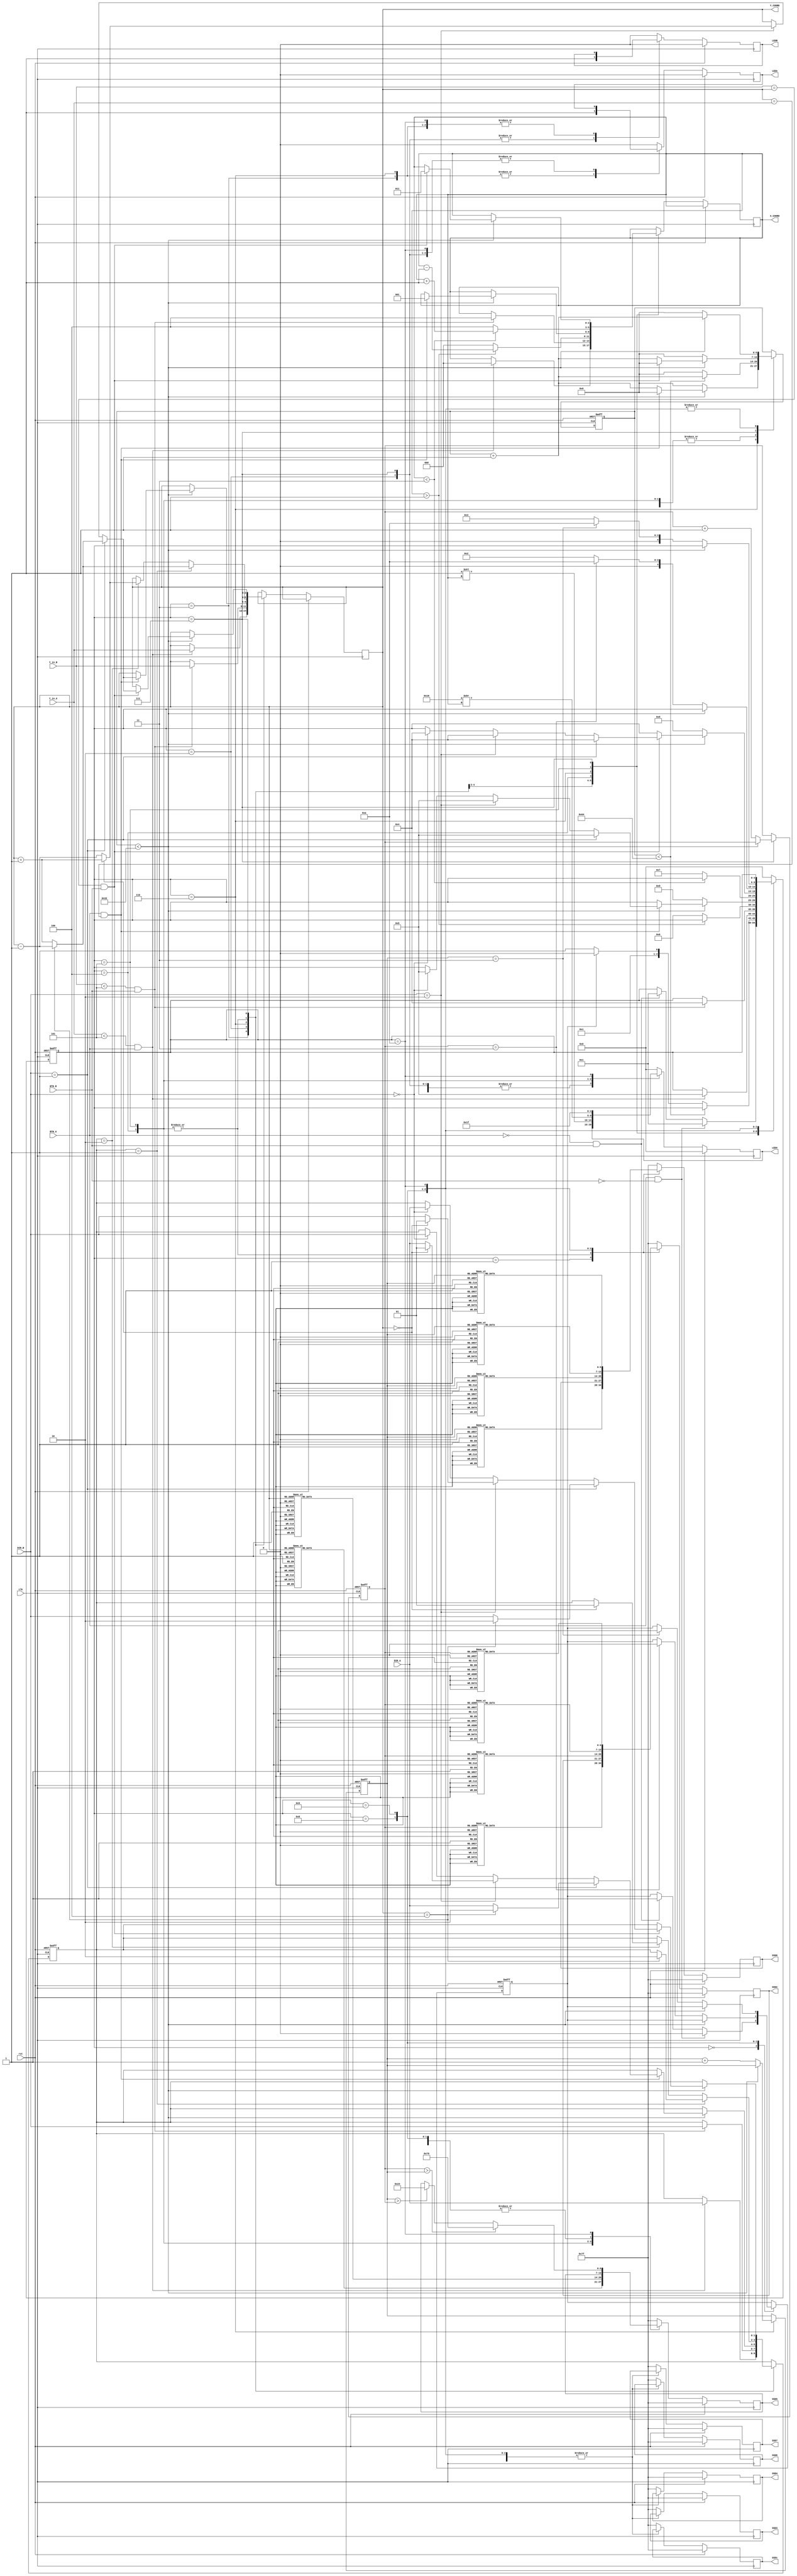
module hockey(

    input clk,
    input rst,
    
    input BTN_A,
    input BTN_B,
    
    input [1:0] DIR_A,
    input [1:0] DIR_B,
    
    input [2:0] Y_in_A,
    input [2:0] Y_in_B,
   
    output reg LEDA,
    output reg LEDB,
    output reg [4:0] LEDX,
    
    output reg [6:0] SSD7,
    output reg [6:0] SSD6,
    output reg [6:0] SSD5,
    output reg [6:0] SSD4, 
    output reg [6:0] SSD3,
    output reg [6:0] SSD2,
    output reg [6:0] SSD1,
    output reg [6:0] SSD0,
    
    output reg [2:0] X_COORD,
	output reg [2:0] Y_COORD   
    
    );
    
    localparam IDLE = 4'd0,
           DISP = 4'd1,
           HIT_B = 4'd2,
           HIT_A = 4'd3,
           SEND_A = 4'd4,
           SEND_B = 4'd5,
           RESP_A = 4'd6,
           RESP_B = 4'd7,
           GOAL_A = 4'd8,
           GOAL_B = 4'd9,
           ENDED = 4'd10;

    // Game variables
    reg [4:0] game_state;
    reg [6:0] timer;
    reg [2:0] score_A, score_B;
    reg [1:0] current_direction;
    reg turn;

    // Initialize the game state and scores
    initial begin
        game_state <= IDLE;
        timer <= 0;
        score_A <= 0;
        score_B <= 0;
        current_direction <= 0;
        turn <= 0;
    end

    // Main game logic
    always @(posedge clk or posedge rst) begin
        if (rst) begin
            game_state <= IDLE;
            timer <= 0;
            score_A <= 0;
            score_B <= 0;
            current_direction <= 0;
            turn <= 0;
        end else begin
            case (game_state)
                IDLE: begin
                    if (BTN_A && !BTN_B) begin
                        // BTN_A pressed, BTN_B not pressed
                        turn <= 0;
                        game_state <= DISP;
                    end else if (!BTN_A && BTN_B) begin
                        // BTN_A not pressed, BTN_B pressed
                        turn <= 1;
                        game_state <= DISP;
                    end
                end
                DISP: begin
                    if (timer < 100) begin
                        timer <= timer + 1;
                    end else begin
                        timer <= 0;
                        if (turn == 1) begin
                            game_state <= HIT_B;
                        end else begin
                            game_state <= HIT_A;
                        end
                    end
                end
                HIT_A: begin
                    if (Y_in_A < 5 && BTN_A) begin
                        X_COORD <= 0; // Start from left
                        Y_COORD <= Y_in_A;
                        current_direction <= DIR_A;
                        game_state <= SEND_B;
                    end
                end
                HIT_B: begin
                    if (Y_in_B < 5 && BTN_B) begin
                        X_COORD <= 4; // Start from right
                        Y_COORD <= Y_in_B;
                        current_direction <= DIR_B;
                        game_state <= SEND_A;
                    end
                end
                SEND_A: begin
                    if (timer < 100) begin 
                        timer <= timer + 1;
                    end else begin 
                        timer <= 0;
                    end

                    // Check for bounce and update vertical movement
                    if (current_direction == 2'b01) begin // Moving up
                        if (Y_COORD == 4) begin
                            Y_COORD <= Y_COORD - 1; // Bounce down
                            current_direction <= 2'b10;
                        end    
                        else begin
                            Y_COORD <= Y_COORD + 1;
                        end
                    end else if (current_direction == 2'b10) begin // Moving down
                        if (Y_COORD == 0) begin
                            Y_COORD <= Y_COORD + 1; // Bounce up
                            current_direction <= 2'b01;
                        end 
                        else begin
                            Y_COORD <= Y_COORD - 1;
                        end
                    end
                    if (X_COORD > 1) begin 
                        X_COORD <= X_COORD - 1;
                    end else begin 
                        X_COORD <= 0;
                        game_state <= RESP_A;
                    end
                end
                RESP_A: begin
                    if (timer < 50) begin 
                        if (BTN_A && Y_COORD == Y_in_A) begin
                            X_COORD <= 1;
                            timer <= 0;
                            if (DIR_B == 2'b01) begin // Moving up
                                if (Y_COORD == 4) begin
                                    Y_COORD <= Y_COORD - 1; // Bounce down
                                    current_direction <= 2'b10;
                                    game_state <= SEND_B;
                                end    
                                else begin
                                    Y_COORD <= Y_COORD + 1;
                                    current_direction <= DIR_A;
                                    game_state <= SEND_B;
                                end
                            end else if (DIR_B == 2'b10) begin // Moving down
                                    if (Y_COORD == 0) begin
                                        Y_COORD <= Y_COORD + 1; // Bounce up
                                        current_direction <= 2'b01;
                                        game_state <= SEND_B;
                                    end 
                                    else begin
                                        Y_COORD <= Y_COORD - 1;
                                        current_direction <= DIR_A;
                                        game_state <= SEND_B;
                                    end
                            end else if (DIR_B == 2'b00) begin 
                                current_direction <= DIR_B;
                                game_state <= SEND_B;
                            end
                        end else begin
                            timer <= timer + 1;
                        end
                    end else begin 
                        timer <= 0;
                        score_B <= score_B + 1;
                        game_state <= GOAL_B;
                    end
                end
                SEND_B: begin
                    if (timer < 100) begin 
                        timer <= timer + 1;
                    end else begin 
                        timer <= 0;
                    end

                    // Check for bounce and update vertical movement
                    if (current_direction == 2'b01) begin // Moving up
                        if (Y_COORD == 4) begin
                            Y_COORD <= Y_COORD - 1; // Bounce down
                            current_direction <= 2'b10;
                        end    
                        else begin
                            Y_COORD <= Y_COORD + 1;
                        end
                    end else if (current_direction == 2'b10) begin // Moving down
                        if (Y_COORD == 0) begin
                            Y_COORD <= Y_COORD + 1; // Bounce up
                            current_direction <= 2'b01;
                        end 
                        else begin
                            Y_COORD <= Y_COORD - 1;
                        end
                    end
                    if (X_COORD < 3) begin 
                        X_COORD <= X_COORD + 1;
                    end else begin 
                        X_COORD <= 4;
                        game_state <= RESP_B;
                    end
                end
                RESP_B: begin
                    if (timer < 50) begin 
                        if (Y_in_B == Y_COORD && BTN_B) begin
                            // Transition to Player B's turn
                            X_COORD <= 3;
                            timer <= 0;
                            if (DIR_B == 2'b01) begin // Moving up
                                if (Y_COORD == 4) begin
                                    Y_COORD <= Y_COORD - 1; // Bounce down
                                    current_direction <= 2'b10;
                                    game_state <= SEND_A;
                                end    
                                else begin
                                    Y_COORD <= Y_COORD + 1;
                                    current_direction <= DIR_B;
                                    game_state <= SEND_A;
                                end
                            end else if (DIR_B == 2'b10) begin // Moving down
                                if (Y_COORD == 0) begin
                                    Y_COORD <= Y_COORD + 1; // Bounce up
                                    current_direction <= 2'b01;
                                    game_state <= SEND_A;
                                end 
                                else begin
                                    Y_COORD <= Y_COORD - 1;
                                    current_direction <= DIR_B;
                                    game_state <= SEND_A;
                                end
                            end else if (DIR_B == 2'b00) begin 
                                current_direction <= DIR_A;
                                game_state <= SEND_A;
                            end
                        end else begin
                            timer <= timer + 1;
                        end
                    end else begin 
                        timer <= 0;
                        score_A <= score_A + 1;
                        game_state <= GOAL_A;
                    end
                end
                GOAL_A: begin
                    if (timer < 50) begin 
                        timer <= timer + 1;
                    end else begin 
                        timer <= 0;
                        // Check if A has won
                        if (score_A == 3) begin
                            turn <= 0;
                            game_state <= ENDED;
                        end else begin
                            game_state <= HIT_B;
                        end
                    end
                end
                GOAL_B: begin
                    if (timer < 50) begin 
                        timer <= timer + 1;
                    end else begin 
                        timer <= 0;
                        // Check if B has won
                        if (score_B == 3) begin
                            turn <= 1;
                            game_state <= ENDED;
                        end else begin
                            // No player has won yet, continue the game
                            game_state <= HIT_A;
                        end
                    end
                end
                ENDED: begin
                    if (timer < 50) begin
                        timer <= timer + 1;
                    end
                    else begin
                        timer <= 0;
                    end
                end
                default: begin
                    game_state <= IDLE;
                end
            endcase
        end
    end

    // for LEDs
    always @(posedge clk) begin
        if (rst) begin
            // Reset state
            LEDA <= 0;
            LEDB <= 0;
            LEDX <= 5'b00000;
        end else begin
            case (game_state)
                HIT_A: begin
                    LEDA <= 1;  // Indicate input from Player A
                end
                RESP_A: begin
                    LEDA <= 1;  // Indicate input from Player A
                end
                HIT_B: begin
                    LEDB <= 1;  // Indicate input from Player B
                end
                RESP_B: begin
                    LEDB <= 1;  // Indicate input from Player B
                end
                SEND_A: begin
                    LEDA <= 0;
                    LEDB <= 0;
                    // Update LEDX to show puck movement from right to left
                    LEDX <= 5'b00001 << X_COORD;
                end
                SEND_B: begin
                    LEDA <= 0;
                    LEDB <= 0;
                    // Update LEDX to show puck movement from left to right
                    LEDX <= 5'b10000 >> X_COORD;
                end
                ENDED: begin 
                    LEDX <= 5'b11111;
                end
                default: begin
                    LEDA <= 0;
                    LEDB <= 0;
                    LEDX <= 5'b00000;
                end
            endcase
        end
    end

    // SSD Display Mapping Function
    function [6:0] seven_seg_display;
        input [3:0] value;
        begin
            case(value)
                4'd0: seven_seg_display = 7'b1000000;
                4'd1: seven_seg_display = 7'b1111001;
                4'd2: seven_seg_display = 7'b0100100;
                4'd3: seven_seg_display = 7'b0110000;
                4'd4: seven_seg_display = 7'b0011001;
                4'd5: seven_seg_display = 7'b0010010;
                4'd6: seven_seg_display = 7'b0000010;
                4'd7: seven_seg_display = 7'b1111000;
                4'd8: seven_seg_display = 7'b0000000;
                4'd9: seven_seg_display = 7'b0010000;
                default: seven_seg_display = 7'b1111111; // Blank display
            endcase
        end
    endfunction
    
    //for SSDs
    always @(posedge clk) begin
        if (rst) begin
            // Reset the SSDs if reset is pressed
            SSD7 <= 7'b1111111;
            SSD6 <= 7'b1111111;
            SSD5 <= 7'b1111111;
            SSD4 <= 7'b1111111;
            SSD3 <= 7'b1111111;
            SSD2 <= 7'b1111111;
            SSD1 <= 7'b1111111;
            SSD0 <= 7'b1111111;
        end else begin
            case(game_state)
                DISP: begin
                    SSD2 <= seven_seg_display(score_A); // Display score of A
                    SSD0 <= seven_seg_display(score_B); // Display score of B
                end
                SEND_A: begin
                    SSD5 <= seven_seg_display(Y_COORD); // Display Y-coordinate of the puck
                end
                SEND_B: begin
                    SSD5 <= seven_seg_display(Y_COORD); // Display Y-coordinate of the puck
                end
                GOAL_A: begin
                    SSD2 <= seven_seg_display(score_A); // Display score of A
                    SSD0 <= seven_seg_display(score_B); // Display score of B
                end
                GOAL_B: begin
                    SSD2 <= seven_seg_display(score_A); // Display score of A
                    SSD0 <= seven_seg_display(score_B); // Display score of B
                end
                ENDED: begin
                    SSD2 <= seven_seg_display(score_A); // Display score of A
                    SSD0 <= seven_seg_display(score_B); // Display score of B
                    // Determine winner and display on SSD
                    if (score_A > score_B) begin
                        // Display '1' for Player A wins
                        SSD5 <= seven_seg_display(4'd1);
                    end else if (score_B > score_A) begin
                        // Display '2' for Player B wins
                        SSD5 <= seven_seg_display(4'd2);
                    end
                end
                default: begin
                    // Turn off all displays
                    SSD7 <= 7'b1111111;
                    SSD6 <= 7'b1111111;
                    SSD5 <= 7'b1111111;
                    SSD4 <= 7'b1111111;
                    SSD3 <= 7'b1111111;
                    SSD2 <= 7'b1111111;
                    SSD1 <= 7'b1111111;
                    SSD0 <= 7'b1111111;
                end
            endcase
        end
    end

endmodule